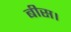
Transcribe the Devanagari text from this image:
बीस।